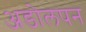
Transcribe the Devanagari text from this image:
अडोलपन